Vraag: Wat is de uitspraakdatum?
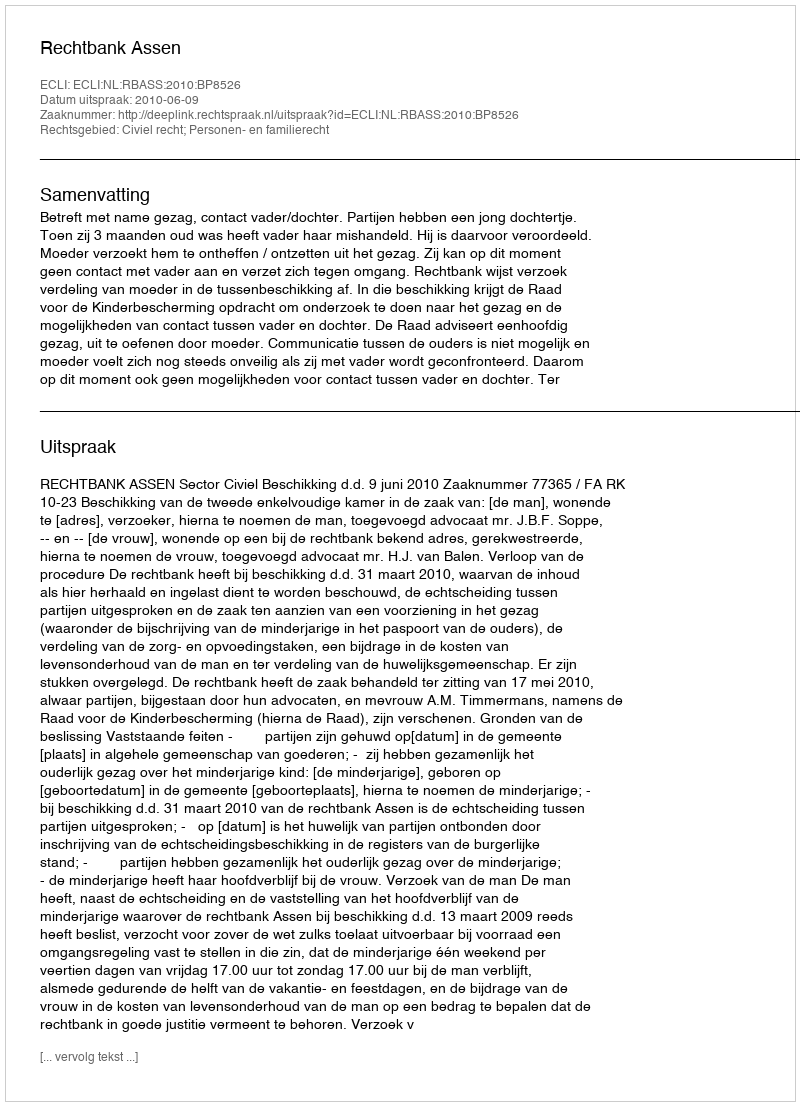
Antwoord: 2010-06-09